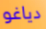
دياغو